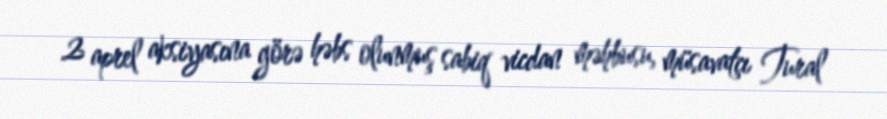
2 aprel aksiyasına görə həbs olunmuş sabiq vicdan məhbusu, müsavatçı Tural